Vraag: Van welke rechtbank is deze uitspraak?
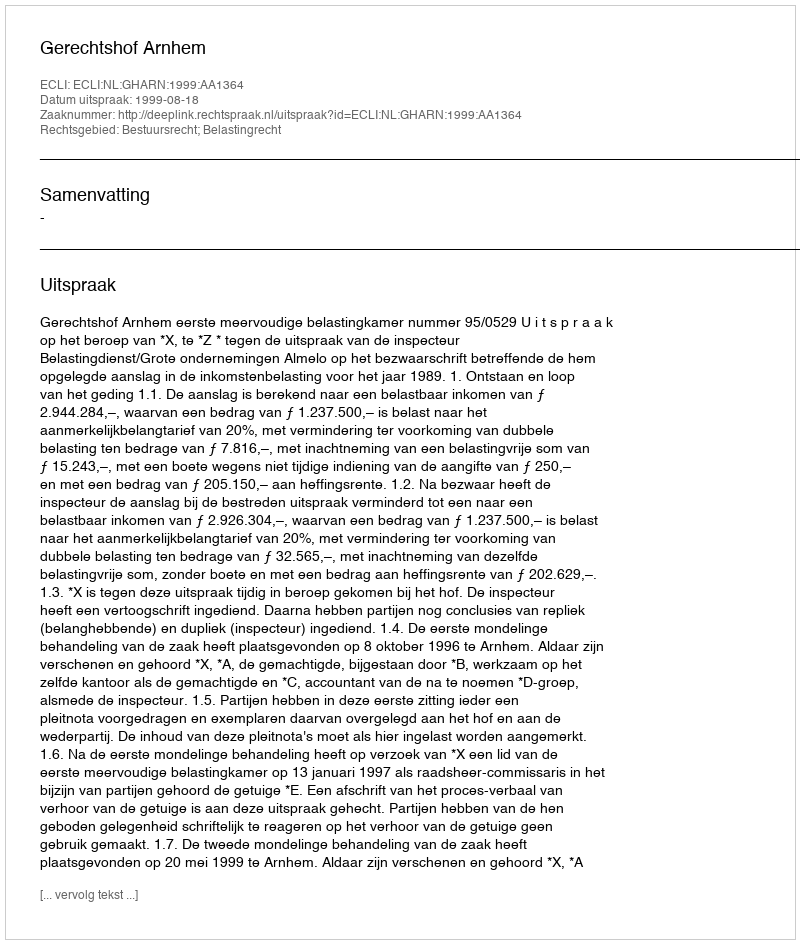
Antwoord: Gerechtshof Arnhem